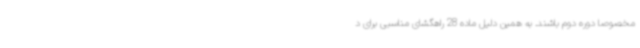
مخصوصا دوره دوم باشند. به همین دلیل ماده 28 راهگشای مناسبی برای د